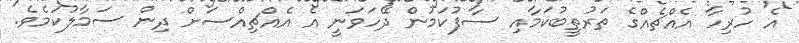
އެ ހުރިހާ އެއްޗެއްގެ ތަރުތީބުކަމާއި ސާފުކަމުން ދޭހަވަނީ އެ އެއްޗިއްސަށް ދިން ސަމާލުކަމެވެ.